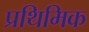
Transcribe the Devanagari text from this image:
प्रथिमिक